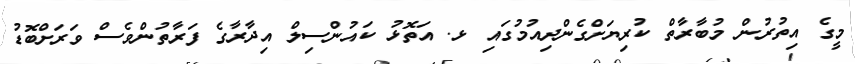
މީގެ އިތުރުން މުބާރާތް ކުރިޔަށްގެންދިއުމުގައި ޅ. އަތޮޅު ކައުންސިލް އިދާރާގެ ފަރާތުންވެސް ވަރަށްބޮޑު